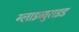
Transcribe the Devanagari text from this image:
ग्लाइब्युराइड